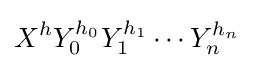
X^{h}Y_{0}^{h_{0}}Y_{1}^{h_{1}}\cdots Y_{n}^{h_{n}}